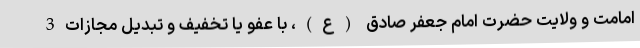
امامت و ولایت حضرت امام جعفر صادق (ع)، با عفو یا تخفیف و تبدیل مجازات3